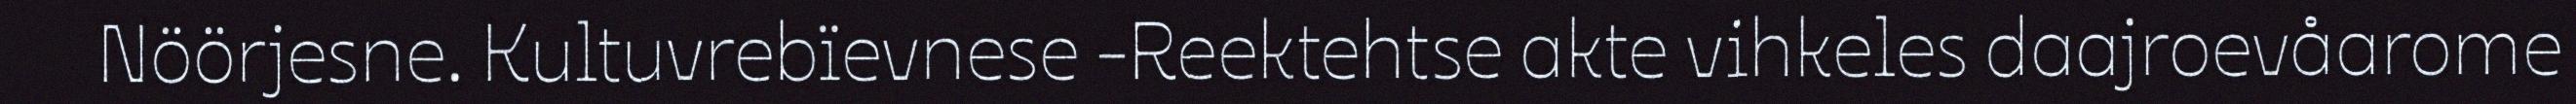
Nöörjesne. Kultuvrebïevnese -Reektehtse akte vihkeles daajroevåarome